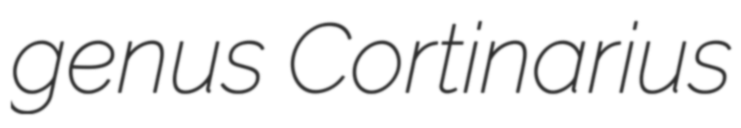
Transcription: genus Cortinarius